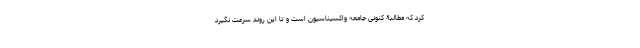
کرد که مطالبۀ کنونی جامعه واکسیناسیون است و تا این روند سرعت نگیرد